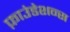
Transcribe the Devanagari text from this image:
फ़ाउंडेशन्स